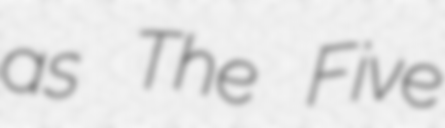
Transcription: as The Five